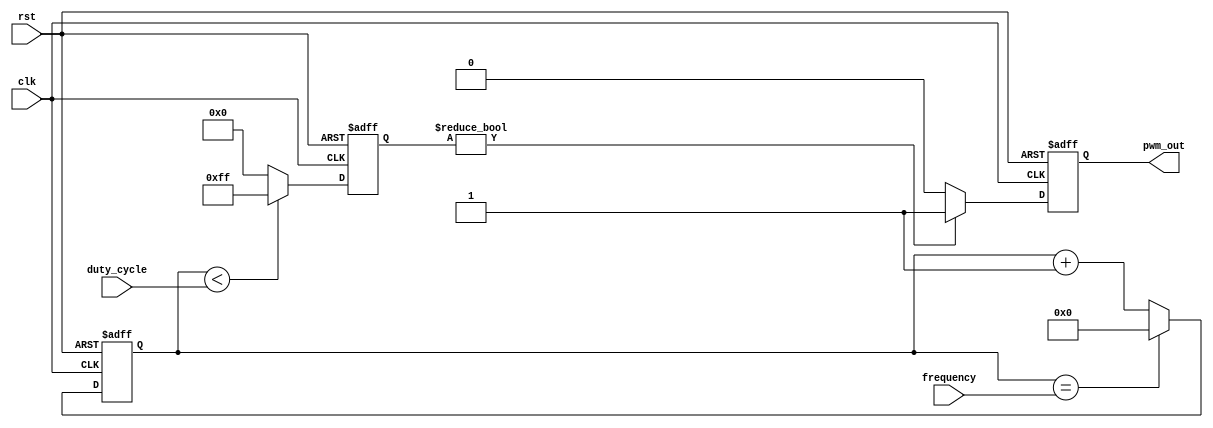
module pwm_pulse_generator(
    input wire clk,
    input wire rst,
    input wire [7:0] duty_cycle,
    input wire [15:0] frequency,
    output reg pwm_out
);

reg [15:0] count;
reg [7:0] compare;

always @(posedge clk or posedge rst) begin
    if (rst) begin
        count <= 16'd0;
    end else begin
        count <= count + 1;
        if (count == frequency) begin
            count <= 16'd0;
        end
    end
end

always @(posedge clk or posedge rst) begin
    if (rst) begin
        compare <= 8'd0;
    end else if (count < duty_cycle) begin
        compare <= 8'd255;
    end else begin
        compare <= 8'd0;
    end
end

always @(posedge clk or posedge rst) begin
    if (rst) begin
        pwm_out <= 1'b0;
    end else begin
        if (compare) begin
            pwm_out <= 1'b1;
        end else begin
            pwm_out <= 1'b0;
        end
    end
end

endmodule